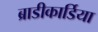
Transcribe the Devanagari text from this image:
ब्राडीकार्डिया